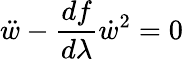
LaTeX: \ddot{w}-\frac{df}{d\lambda}\dot{w}^{2}=0